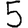
Digit: 5